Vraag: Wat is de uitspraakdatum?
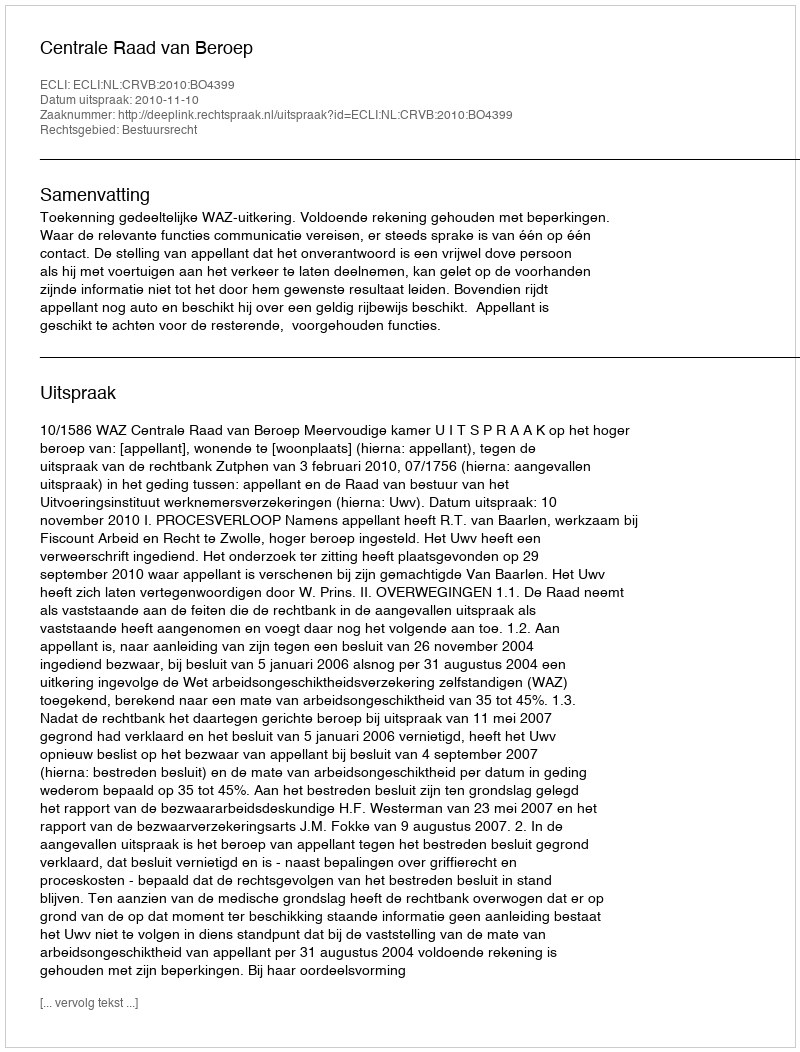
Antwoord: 2010-11-10